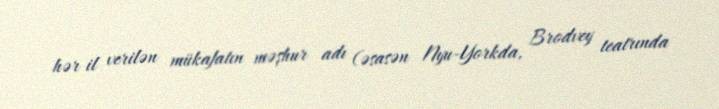
hər il verilən mükafatın məşhur adı (əsasən Nyu-Yorkda, Brodvey teatrında